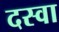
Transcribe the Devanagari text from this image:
दस्वा